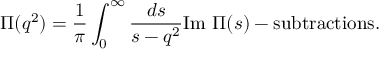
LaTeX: \Pi ( q ^ { 2 } ) = \frac 1 \pi \int _ { 0 } ^ { \infty } \frac { d s } { s - q ^ { 2 } } \mathrm { I m } ~ \Pi ( s ) - \mathrm { s u b t r a c t i o n s } .